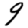
Digit: 9